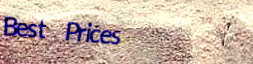
Best Prices